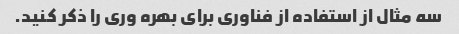
سه مثال از استفاده از فناوری برای بهره وری را ذکر کنید.